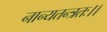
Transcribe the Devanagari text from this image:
नान्यतन्त्रतः।।